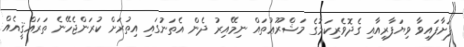
ފަށާފައިވާ ވިޔަފާރިއާއި ގެދޮވެރިކަމުގެ މަޝްރޫޢުތައް ނިމޭއިރު ދެން އެތަނުގައި އިތުރަށް ކުރަންޖެހޭނެ ތަރައްޤީއެއް